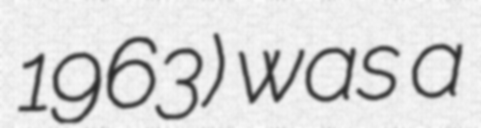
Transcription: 1963) was a